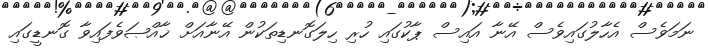
ނަމަވެސް އެހާލުގައިވެސް އޭނާ އައިސް ޕާކުގައި ހުރި ހިލަގޮނޑިތަކުން އޭނާއަށް ޚާއްޞަވެފައިވާ ގޮނޑީގައި